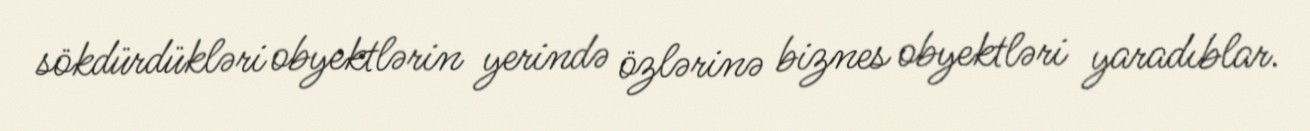
sökdürdükləri obyektlərin yerində özlərinə biznes obyektləri yaradıblar.